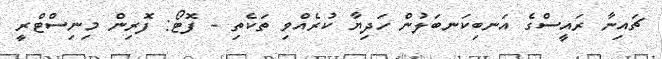
ޗައިނާ ރައީސްގެ އަނބިކަނބަލުން ހަދިޔާ ކުރެއްވި ތަކެތި - ފޮޓޯ: ފޮރިން މިނިސްޓްރީ